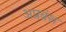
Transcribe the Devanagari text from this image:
अप्रब्रंश